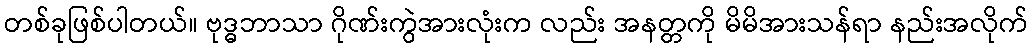
တစ်ခုဖြစ်ပါတယ်။ ဗုဒ္ဓဘာသာ ဂိုဏ်းကွဲအားလုံးက လည်း အနတ္တကို မိမိအားသန်ရာ နည်းအလိုက်